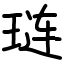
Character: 琏